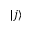
| j \rangle